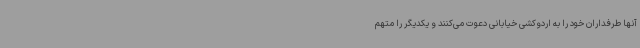
آنها طرفداران خود را به اردوکشی خیابانی دعوت می‌کنند و یکدیگر را متهم